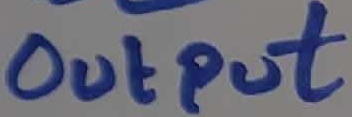
Text: OUTPUT